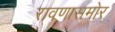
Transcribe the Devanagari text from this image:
रावणासमोर